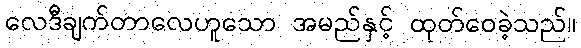
လေဒီချက်တာလေဟူသော အမည်နှင့် ထုတ်ဝေခဲ့သည်။